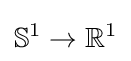
\mathbb {S} ^{1}\to \mathbb {R} ^{1}